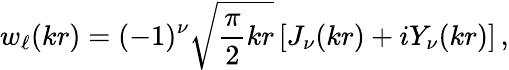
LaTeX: w_{\ell}(kr)=(-1)^{\nu}\sqrt{\frac{\pi}{2}kr}\left[J_{\nu}(kr)+iY_{\nu}(kr)\right]\, ,